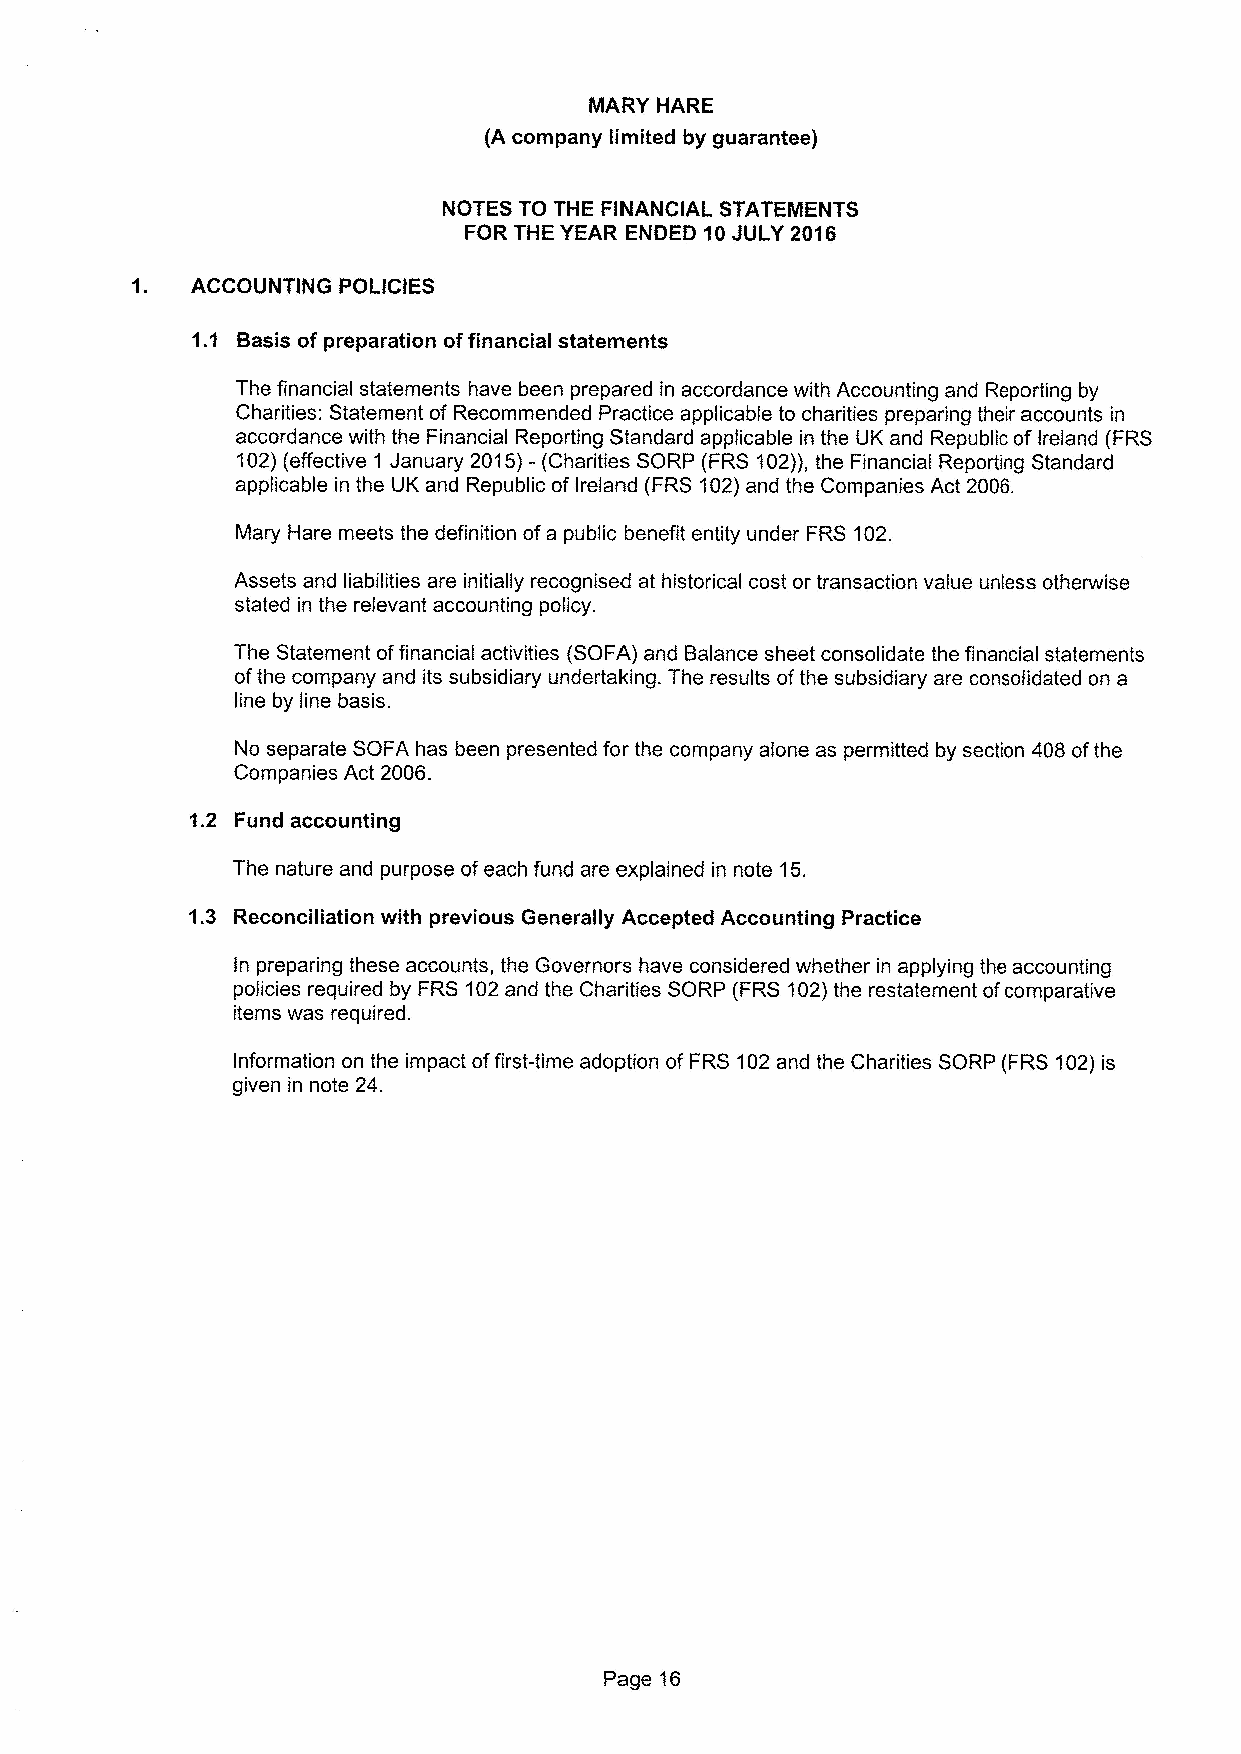
MARY HARE
 {Acompany limited by guarantee)
 NOTES TO THE FINANCIAL STATEMENTS
 FOR THE YEAR ENDED 10JULY 2016
 1.  ACCOUNTING POLICIES
 1. 1 Basis of preparation offinancial statements
 The financial statements have been prepared in accordance with Accounting and Reporting by
 Charities: Statement of Recommended Practice applicable to charities preparing their accounts in
 accordance with the Financial Reporting Standard applicable in the UK and Republic of Ireland (FRS
 102)(effective 1 January 2015)-(Charities SORP (FRS 102)),the Financial Reporting Standard
 applicable in the UK and Republic of Ireland (FRS 102)and the Companies Act 2006.
 Mary Hare meets the definition ofa public benefit entity under FRS 102.
 Assets and liabilities are initially recognised at historical cost or transaction value unless otherwise
 stated in the relevant accounting policy.
 The Statement offinancial activities (SOFA) and Balance sheet consolidate the financial statements
 ofthe company and its subsidiary undertaking. The results ofthe subsidiary are consolidated on a
 line by line basis.
 No separate SOFA has been presented for the company alone as permitted by section 408 ofthe
 Companies Act 2006.
 1.2 Fund accounting
 The nature and purpose ofeach fund are explained in note 15.
 1.3 Reconciliation with previous Generally Accepted Accounting Practice
 In preparing these accounts, the Governors have considered whether in applying the accounting
 policies required by FRS 102and the Charities SORP {FRS102)the restatement ofcomparative
 items was required.
 Information on the impact offirst-time adoption of FRS 102and the Charities SORP {FRS102)is
 given in note 24.
 Page 16